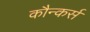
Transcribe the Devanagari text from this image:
कौन्कर्स